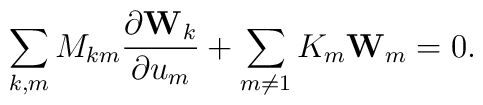
\sum\limits_{k,m} M_{km} \frac{\partial {\bf W}_k}{\partial u_m} +\sum\limits_{m\ne 1} K_m {\bf W}_m = 0.